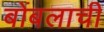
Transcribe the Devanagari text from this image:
बोंबलाची